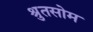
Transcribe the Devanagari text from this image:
श्रुतसोम